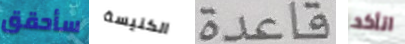
سأحقق الكنيسة قاعدة اتأكد